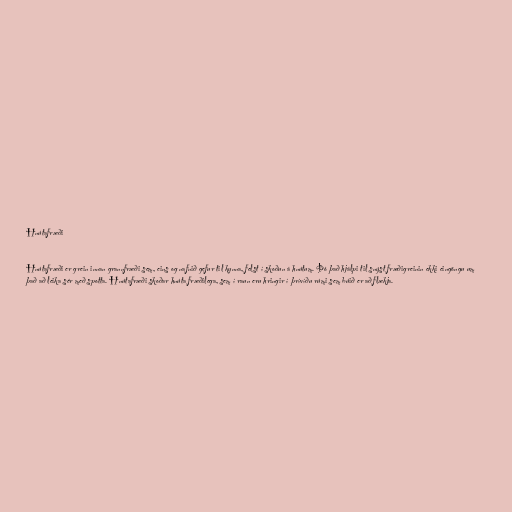
Hnútafræði

Hnútafræði er grein innan grannfræði sem, eins og nafnið gefur til kynna, felst í skoðun á hnútum. Þó það hjálpi til snýst fræðigreinin ekki eingöngu um
það að leika sér með spotta. Hnútafræði skoðar hnúta fræðilega, sem í raun eru hringir í þrívíðu rúmi sem búið er að flækja.